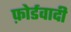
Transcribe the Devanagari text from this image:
फ़ोर्डवादी